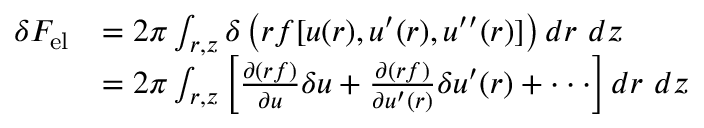
\begin{array} { r l } { \delta { F } _ { \mathrm { { e l } } } } & { = 2 \pi \int _ { r , z } \delta \left( r f [ u ( r ) , u ^ { \prime } ( r ) , u ^ { \prime \prime } ( r ) ] \right) d r \ d z } \\ & { = 2 \pi \int _ { r , z } \left[ \frac { \partial ( r f ) } { \partial u } \delta u + \frac { \partial ( r f ) } { \partial u ^ { \prime } ( r ) } \delta u ^ { \prime } ( r ) + \cdot \cdot \cdot \right] d r \ d z } \end{array}